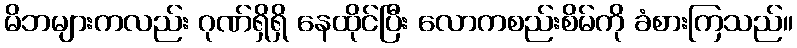
မိဘများကလည်း ဂုဏ်ရှိရှိ နေထိုင်ပြီး လောကစည်းစိမ်ကို ခံစားကြသည်။